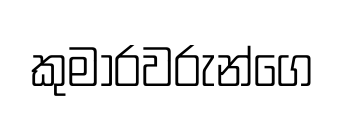
කුමාරවරුන්ගෙ